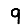
Digit: 9